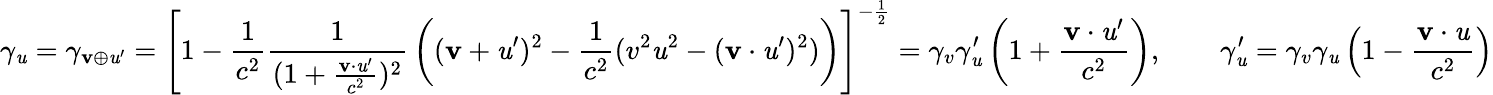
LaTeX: \gamma_{\mathit{u}}=\gamma_{\mathbf{{v}}\oplus\mathbf{{\mathit{u}}}^{\prime}}=\left[1-{\frac{{1}}{{c^{2}}}}{\frac{{1}}{{(1+{\frac{{\mathbf{{v}}\cdot\mathbf{{\mathit{u}}}^{\prime}}}{{c^{2}}}})^{2}}}}\left((\mathbf{{v}}+\mathbf{{\mathit{u}}}^{\prime})^{2}-{\frac{{1}}{{c^{2}}}}(v^{2}\mathit{u}^{2}-(\mathbf{{v}}\cdot\mathbf{{\mathit{u}}}^{\prime})^{2})\right)\right]^{-{\frac{{1}}{{2}}}}=\gamma_{v}\gamma_{\mathit{u}}^{\prime}\left(1+{\frac{{\mathbf{{v}}\cdot\mathbf{{\mathit{u}}}^{\prime}}}{{c^{2}}}}\right),\quad\quad\gamma_{\mathit{u}}^{\prime}=\gamma_{v}\gamma_{\mathit{u}}\left(1-{\frac{{\mathbf{{v}}\cdot\mathbf{{\mathit{u}}}}}{{c^{2}}}}\right)